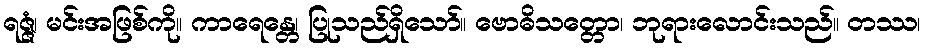
ရဇ္ဇံ၊ မင်းအဖြစ်ကို။ ကာရေန္တေ၊ ပြုသည်ရှိသော်။ ဗောဓိသတ္တော၊ ဘုရားလောင်းသည်။ တဿ၊